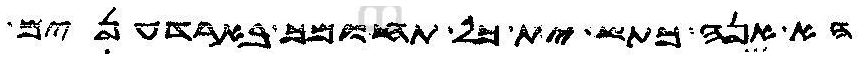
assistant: הא אנה כתש ית כל תחומך בארדענים